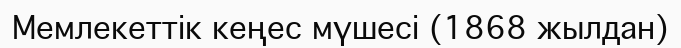
Мемлекеттік кеңес мүшесі (1868 жылдан)